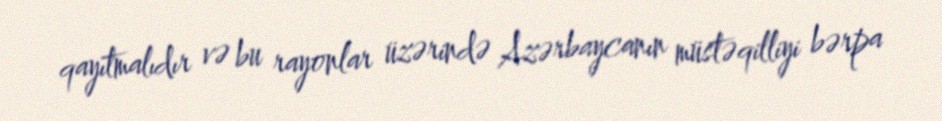
qayıtmalıdır və bu rayonlar üzərində Azərbaycanın müstəqilliyi bərpa